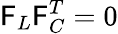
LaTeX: \mathsf{F}_{L}\mathsf{F}_{C}^{T}=0